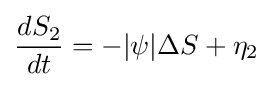
{dS_{2} \over dt}=-|\psi |\Delta S+\eta _{2}